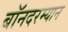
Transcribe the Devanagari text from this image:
बॉनदरम्यान